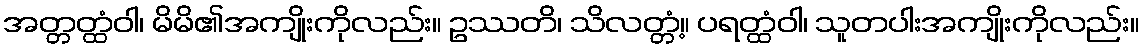
အတ္တတ္ထံဝါ၊ မိမိ၏အကျိုးကိုလည်း။ ဥဿတိ၊ သိလတ္တံ့။ ပရတ္ထံဝါ၊ သူတပါးအကျိုးကိုလည်း။